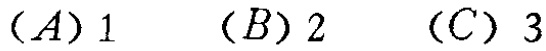
$(A) 1\quad (B) 2\quad (C) 3$